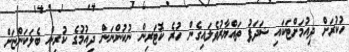
ހުކުރަށް ދިއުމަށްޓަކައި ޝަދަފު ތައްޔާރުވެލައިގެން ހުރެ ކޮޓަރިން ނުކުންނަން ދިއުމުގެ ކުރިން ބެލަކަންޏަށް